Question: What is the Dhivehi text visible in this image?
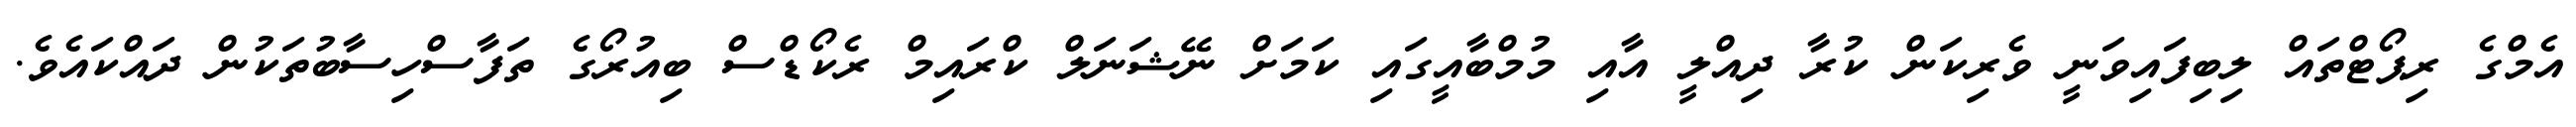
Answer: އެމްގެ ރިޕޯޓްތައް ލިބިފައިވަނީ ވެރިކަން ކުރާ ދިއްލީ އާއި މުމްބާއީގައި ކަމަށް ނޭޝަނަލް ކްރައިމް ރެކޯޑްސް ބިއުރޯގެ ތަފާސްހިސާބުތަކުން ދައްކައެވެ.